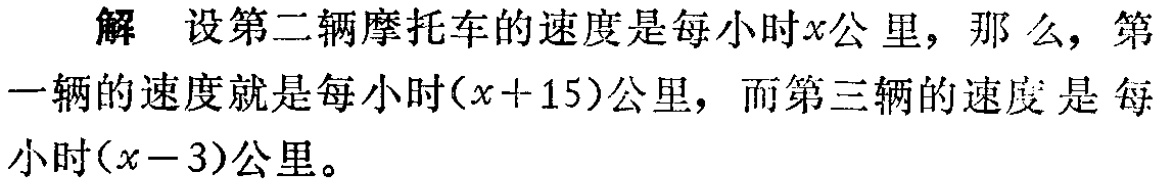
解 设第二辆摩托车的速度是每小时\(x\)公里，那么，第一辆的速度就是每小时\((x + 15)\)公里，而第三辆的速度是每小时\((x - 3)\)公里。